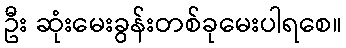
ဦး ဆုံးမေးခွန်းတစ်ခုမေးပါရစေ။